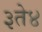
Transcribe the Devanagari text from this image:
३ते४